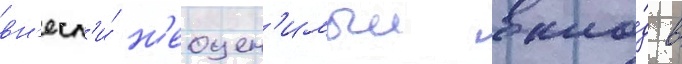
вн'есл'и́ н'еоцен'имыи вкла́д в